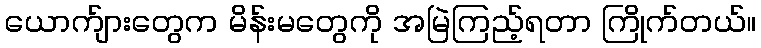
ယောက်ျားတွေက မိန်းမတွေကို အမြဲကြည့်ရတာ ကြိုက်တယ်။